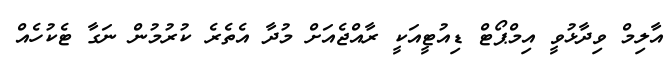
އާލިމް ވިދާޅުވީ އިމްޕޯޓް ޑިއުޓީއަކީ ރާއްޖެއަށް މުދާ އެތެރެ ކުރުމުން ނަގާ ޓެކުހެއް